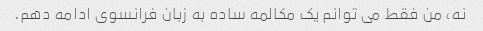
نه، من فقط می توانم یک مکالمه ساده به زبان فرانسوی ادامه دهم.